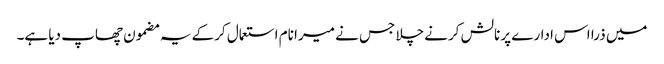
میں ذرا اس ادارے پر نالش کرنے چلا جس نے میرا نام استعمال کرکے یہ مضمون چھاپ دیا ہے۔